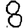
Digit: 8